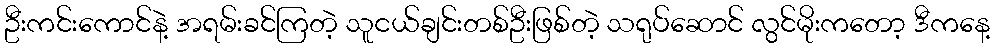
ဦးကင်းကောင်နဲ့ အရမ်းခင်ကြတဲ့ သူငယ်ချင်းတစ်ဦးဖြစ်တဲ့ သရုပ်ဆောင် လွင်မိုးကတော့ ဒီကနေ့